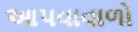
આપવાવાળો